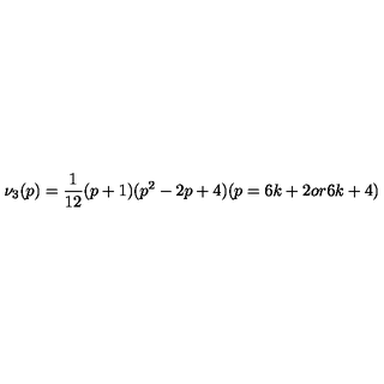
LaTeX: \nu _ { 3 } ( p ) = \frac { 1 } { 1 2 } ( p + 1 ) ( p ^ { 2 } - 2 p + 4 ) ( p = 6 k + 2 o r 6 k + 4 )